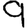
Digit: 9